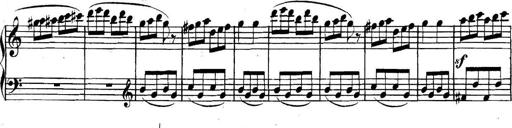
Title: Collected Piano Sonatas
Composer: Muzio Clementi